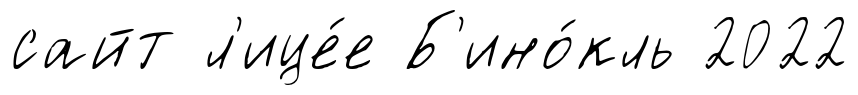
сайт л'ице́е Б'ино́кль 2022